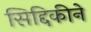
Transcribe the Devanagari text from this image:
सिद्दिकीने